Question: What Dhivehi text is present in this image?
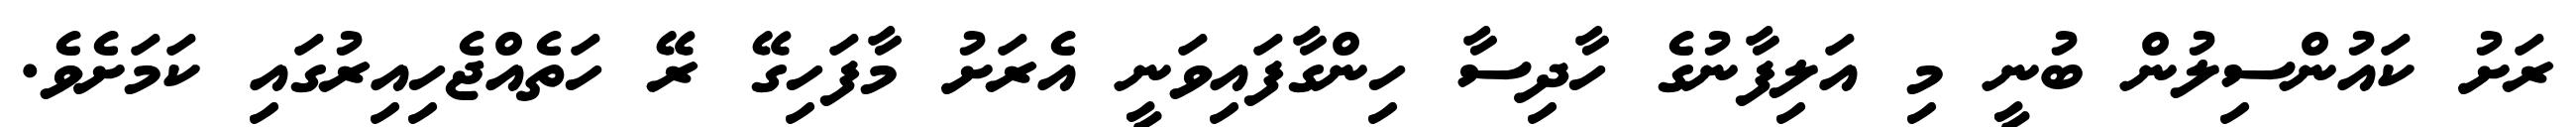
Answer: ރަށު ކައުންސިލުން ބުނީ މި އަލިފާނުގެ ހާދިސާ ހިންގާފައިވަނީ އެރަށު މާފަހިގޭ ރޭ ހަތެއްޖެހިއިރުގައި ކަމަށެވެ.